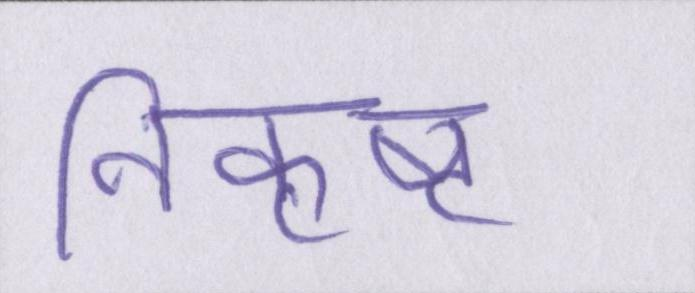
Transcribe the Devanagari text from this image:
निकृष्ट